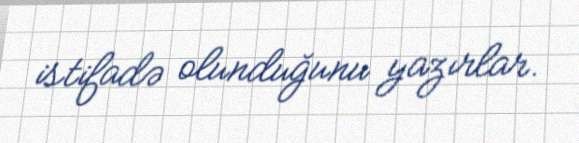
istifadə olunduğunu yazırlar.